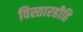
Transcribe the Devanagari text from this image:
विस्तारहीहि